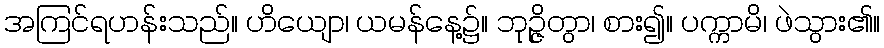
အကြင်ရဟန်းသည်။ ဟိယျော၊ ယမန်နေ့၌။ ဘုဉ္ဇိတွာ၊ စား၍။ ပက္ကာမိ၊ ဖဲသွား၏။